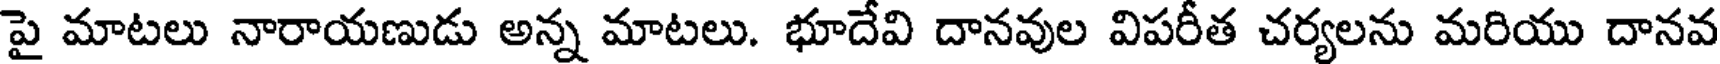
పై మాటలు నారాయణుడు అన్న మాటలు. భూదేవి దానవుల విపరీత చర్యలను మరియు దానవ